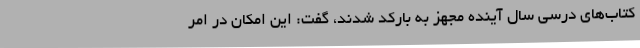
کتاب‌های درسی سال آینده مجهز به بارکد شدند، گفت: این امکان در امر